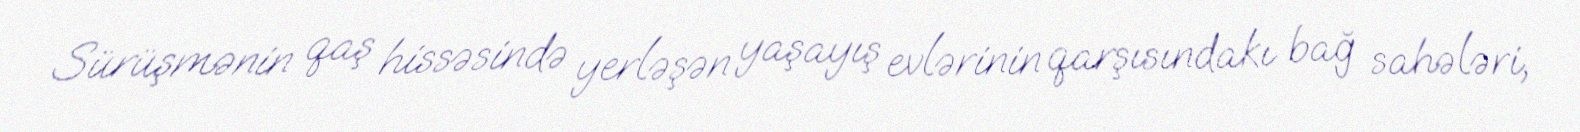
Sürüşmənin qaş hissəsində yerləşən yaşayış evlərinin qarşısındakı bağ sahələri,